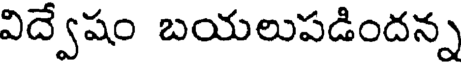
విద్వేషం బయలుపడిందన్న